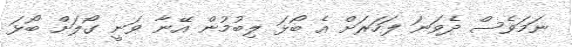
ނަމަވެސް ދެވަނަ ފަހަރަށް އެ ބޯޅަ ލިބުމުން އޭނާ ވަނީ ގޯލަށް ބޯޅަ